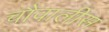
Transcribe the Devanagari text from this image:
चौवालीस